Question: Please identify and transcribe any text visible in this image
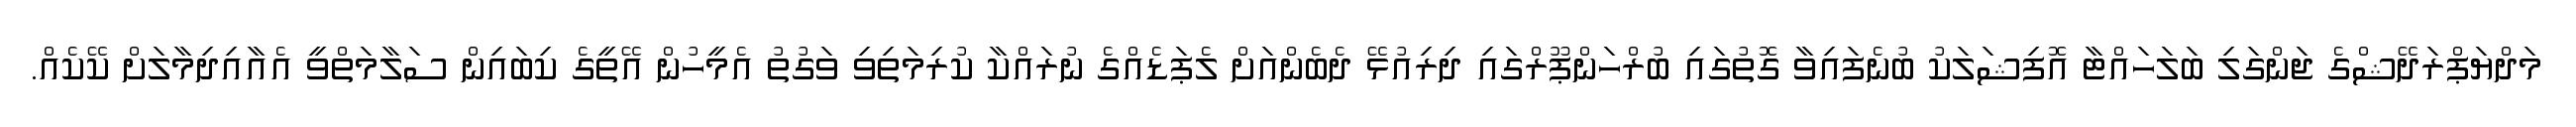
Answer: މަދްޔަޕްރަދޭޝްގެ ޖަންގަލި ބަލަހައްޓާ އޮފިޝަލަކު ބުނެފައިވާ ގޮތުގައި ބުރްހަންޕޫރްގައި ދިރިއުޅޭ ދެބެންއަށް ލެޕަޑެއްގެ ނުރައްކާ ކުރިމަތިވި ވަގުތު އެމީހުން އޭތީގެ ކިބައިން ސަލާމަތްވީ އެއާއިދިމާލަށް ކޭކެއް.